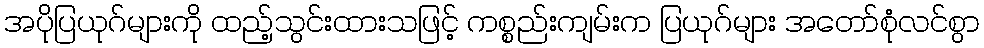
အပိုပြယုဂ်များကို ထည့်သွင်းထားသဖြင့် ကစ္စည်းကျမ်းက ပြယုဂ်များ အတော်စုံလင်စွာ